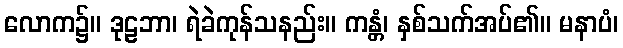
လောက၌။ ဒုဠဘာ၊ ရဲခဲကုန်သနည်း။ ကန္တံ၊ နှစ်သက်အပ်၏။ မနာပံ၊